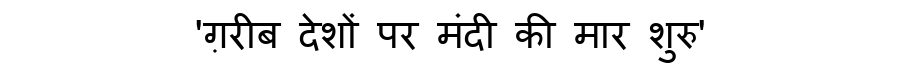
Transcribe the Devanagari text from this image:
'ग़रीब देशों पर मंदी की मार शुरु'